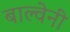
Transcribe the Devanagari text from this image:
बाल्वेनी